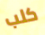
كلب